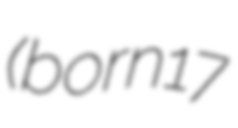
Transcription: (born 17